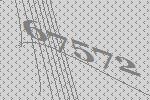
67572